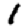
Digit: 1